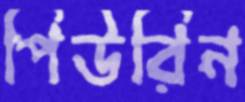
পিউরিন